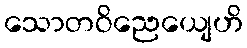
သောတဝိညေယျေဟိ